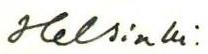
Helsinki.